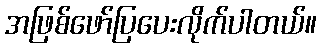
အဖြစ်ဖော်ပြပေးလိုက်ပါတယ်။